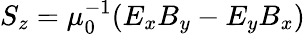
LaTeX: S_{z}=\mu_{0}^{-1}(E_{x}B_{y}-E_{y}B_{x})